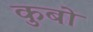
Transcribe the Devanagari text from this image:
कुबो